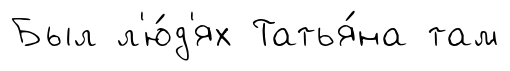
Был л'ю́д'ях Татья́на там